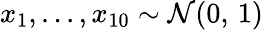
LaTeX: x_{1},...,x_{10}\sim\mathcal{N}(0,\, 1)